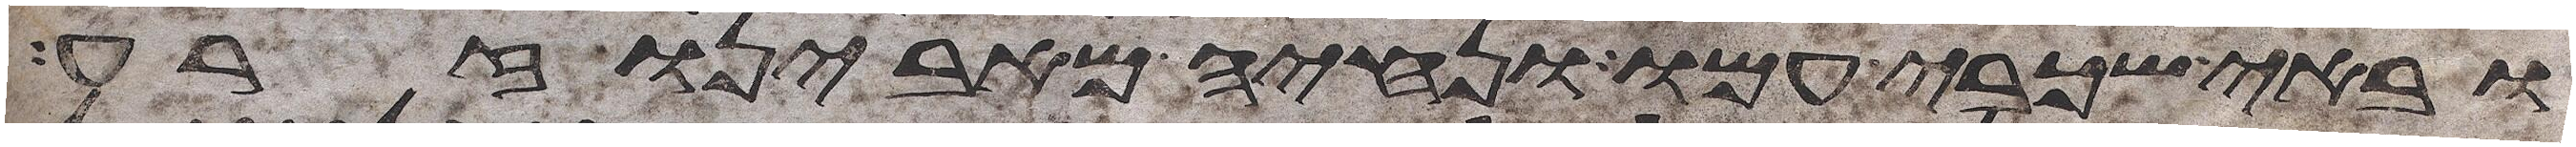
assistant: ובאי שכבי עמו ונחיה מאבינו זרע